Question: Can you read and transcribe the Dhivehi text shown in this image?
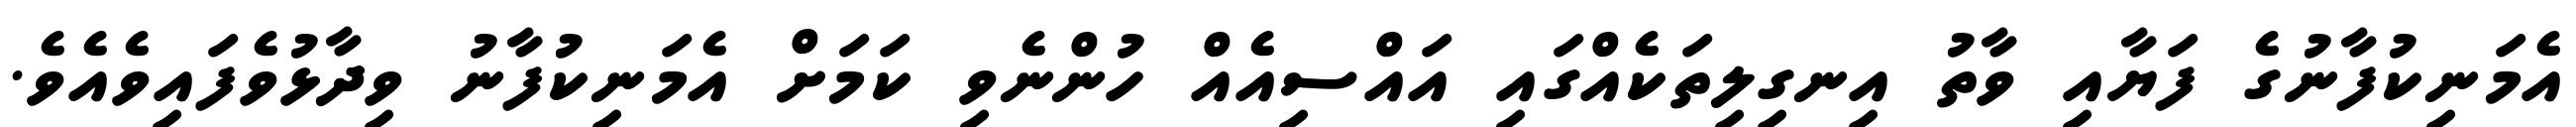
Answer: އެމަނިކުފާނުގެ ފަޔާއި ވާތު އިނގިލިތަކެއްގައި އައްސިއެއް ހުންނެވި ކަމަށް އެމަނިކުފާނު ވިދާޅުވެފައިވެއެވެ.